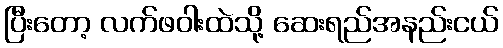
ပြီးတော့ လက်ဖဝါးထဲသို့ ဆေးရည်အနည်းငယ်